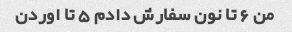
من ۶ تا نون سفارش دادم ۵ تا اوردن